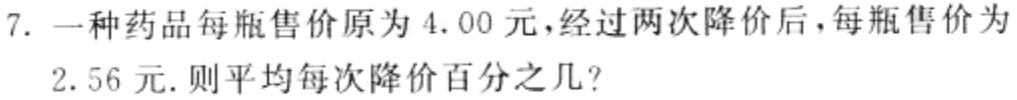
7. 一种药品每瓶售价原为$4.00$元，经过两次降价后，每瓶售价为
$2.56$元. 则平均每次降价百分之几?